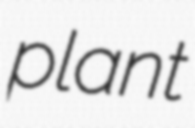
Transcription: plant